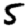
Digit: 5